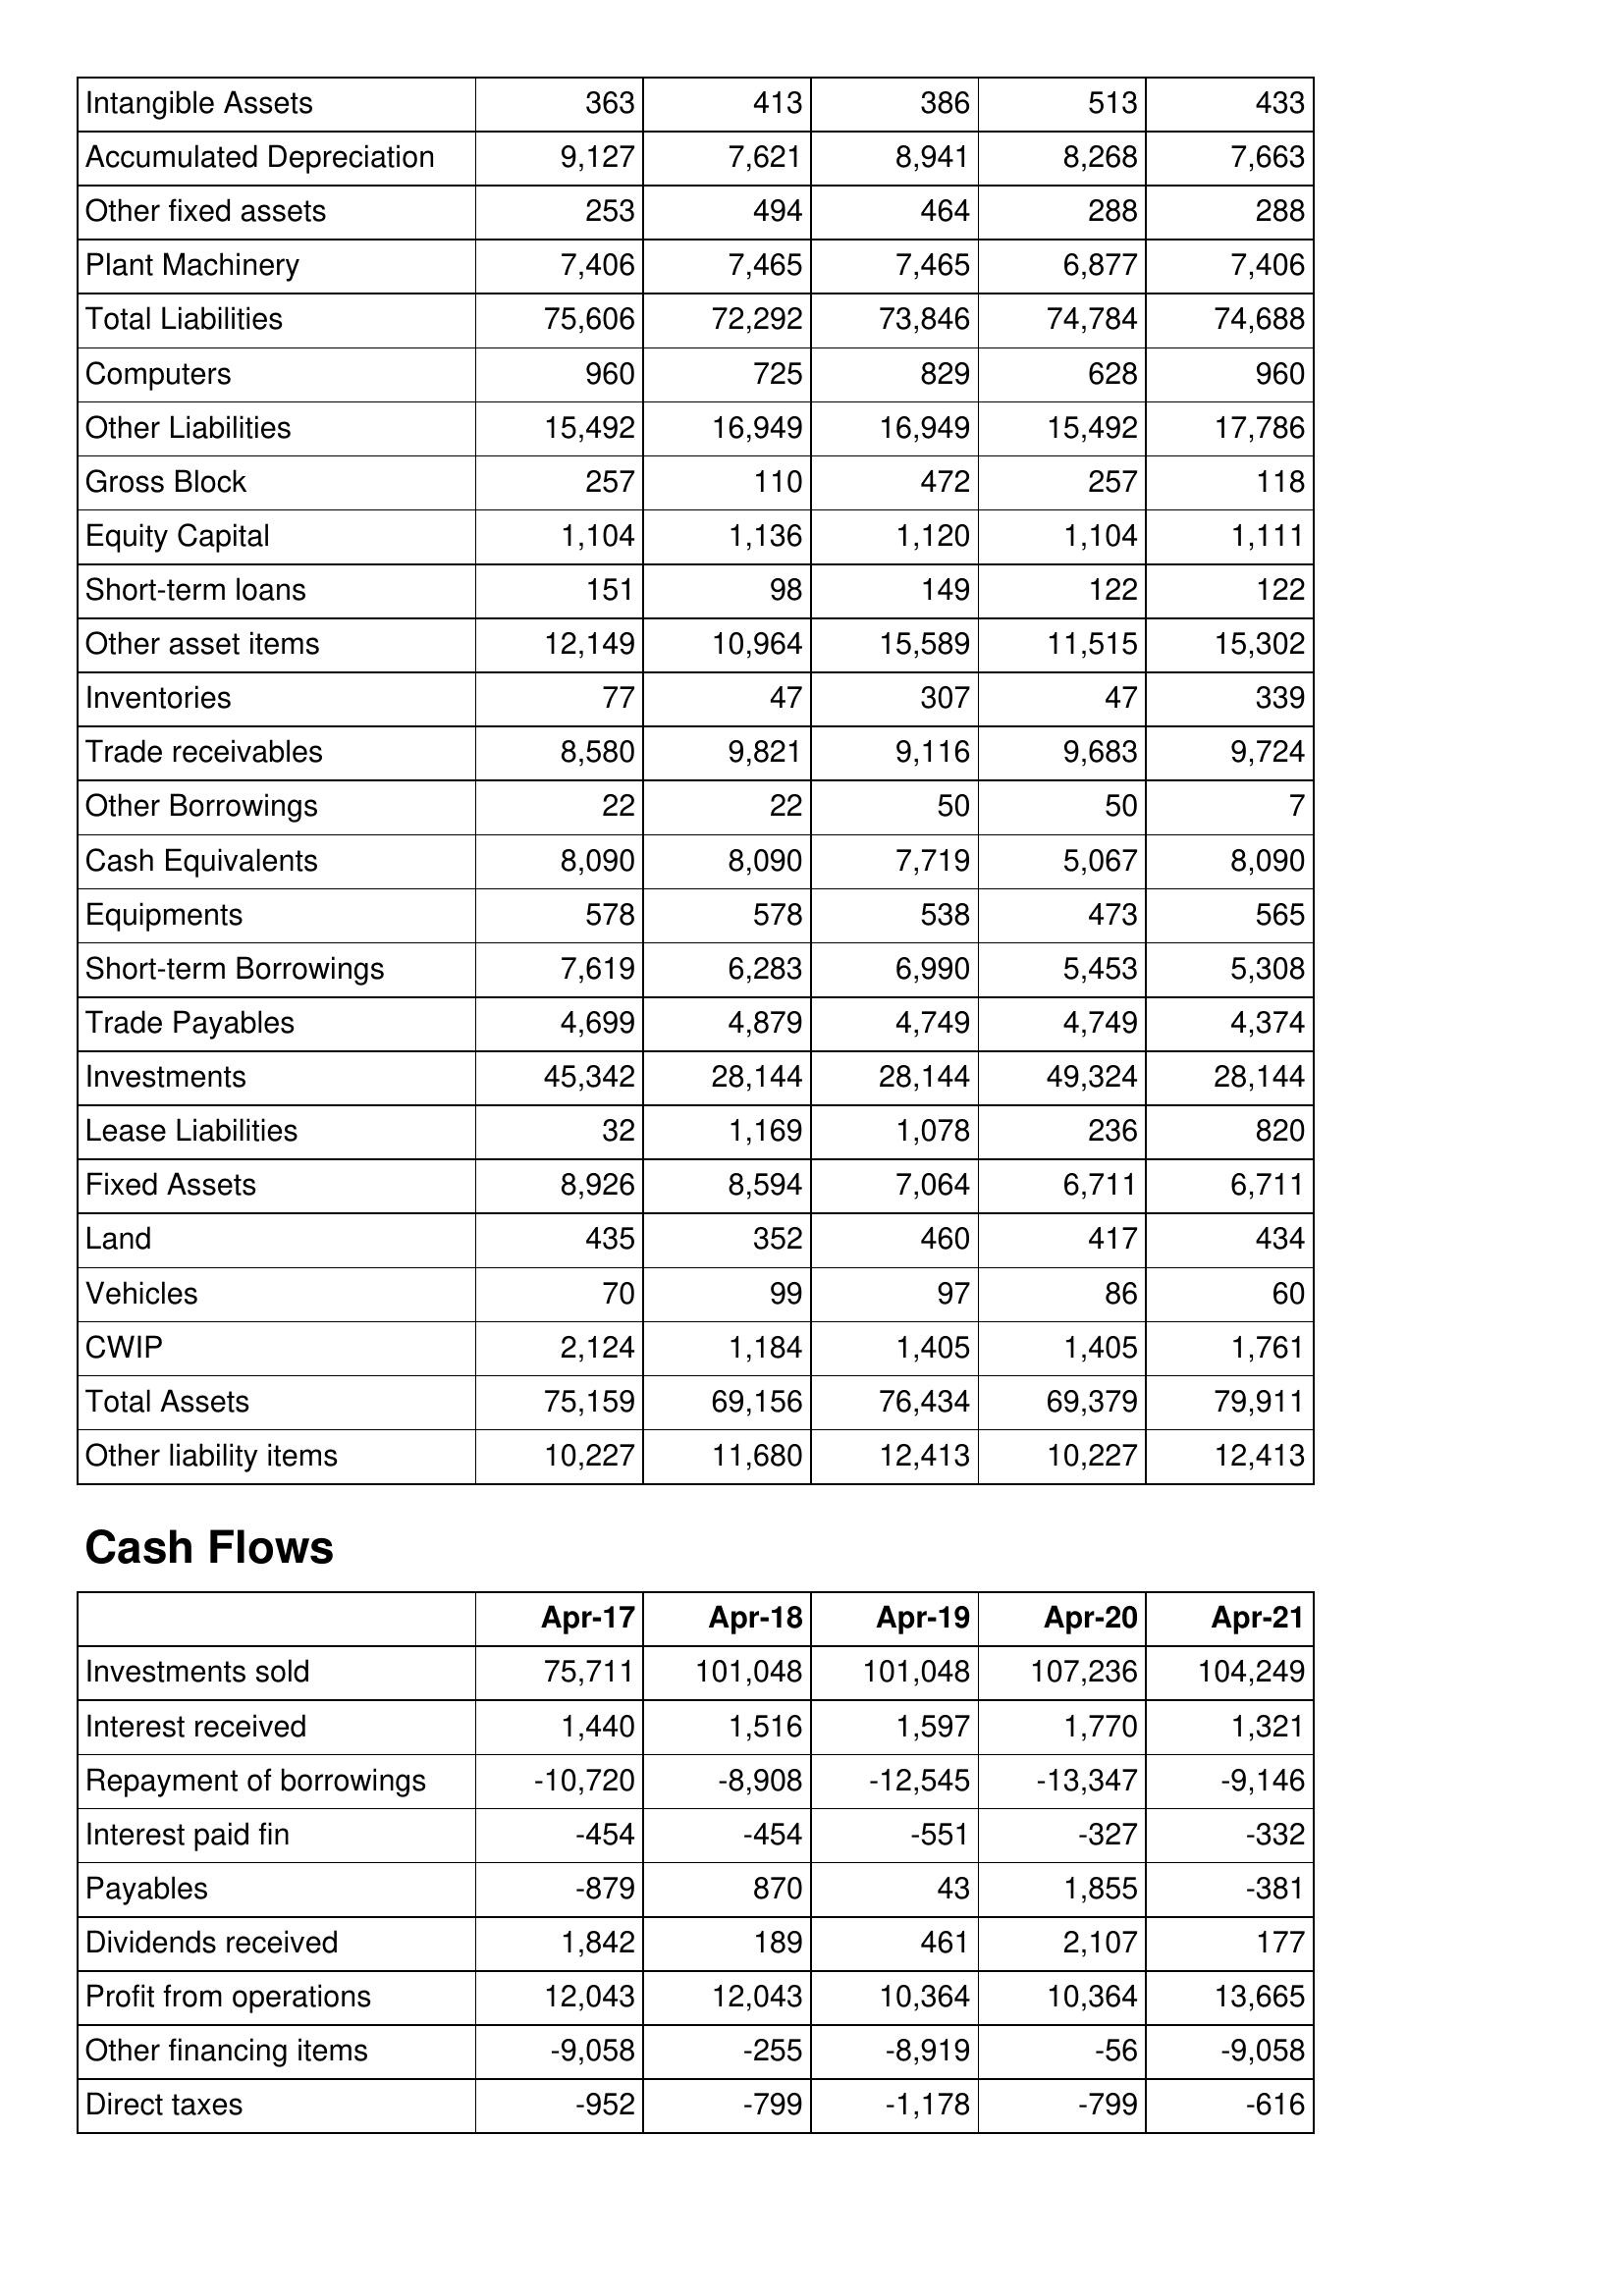
Apr-17: Balance Sheet: Intangible Assets: 363
Accumulated Depreciation: 9,127
Other fixed assets: 253
Plant Machinery: 7,406
Total Liabilities: 75,606
Computers: 960
Other Liabilities: 15,492
Gross Block: 257
Equity Capital: 1,104
Short-term loans: 151
Other asset items: 12,149
Inventories: 77
Trade receivables: 8,580
Other Borrowings: 22
Cash Equivalents: 8,090
Equipments: 578
Short-term Borrowings: 7,619
Trade Payables: 4,699
Investments: 45,342
Lease Liabilities: 32
Fixed Assets: 8,926
Land: 435
Vehicles: 70
CWIP: 2,124
Total Assets: 75,159
Other liability items: 10,227
Cash Flows: Investments sold: 75,711
Interest received: 1,440
Repayment of borrowings: -10,720
Interest paid fin: -454
Payables: -879
Dividends received: 1,842
Profit from operations: 12,043
Other financing items: -9,058
Direct taxes: -952
Apr-18: Balance Sheet: Intangible Assets: 413
Accumulated Depreciation: 7,621
Other fixed assets: 494
Plant Machinery: 7,465
Total Liabilities: 72,292
Computers: 725
Other Liabilities: 16,949
Gross Block: 110
Equity Capital: 1,136
Short-term loans: 98
Other asset items: 10,964
Inventories: 47
Trade receivables: 9,821
Other Borrowings: 22
Cash Equivalents: 8,090
Equipments: 578
Short-term Borrowings: 6,283
Trade Payables: 4,879
Investments: 28,144
Lease Liabilities: 1,169
Fixed Assets: 8,594
Land: 352
Vehicles: 99
CWIP: 1,184
Total Assets: 69,156
Other liability items: 11,680
Cash Flows: Investments sold: 101,048
Interest received: 1,516
Repayment of borrowings: -8,908
Interest paid fin: -454
Payables: 870
Dividends received: 189
Profit from operations: 12,043
Other financing items: -255
Direct taxes: -799
Apr-19: Balance Sheet: Intangible Assets: 386
Accumulated Depreciation: 8,941
Other fixed assets: 464
Plant Machinery: 7,465
Total Liabilities: 73,846
Computers: 829
Other Liabilities: 16,949
Gross Block: 472
Equity Capital: 1,120
Short-term loans: 149
Other asset items: 15,589
Inventories: 307
Trade receivables: 9,116
Other Borrowings: 50
Cash Equivalents: 7,719
Equipments: 538
Short-term Borrowings: 6,990
Trade Payables: 4,749
Investments: 28,144
Lease Liabilities: 1,078
Fixed Assets: 7,064
Land: 460
Vehicles: 97
CWIP: 1,405
Total Assets: 76,434
Other liability items: 12,413
Cash Flows: Investments sold: 101,048
Interest received: 1,597
Repayment of borrowings: -12,545
Interest paid fin: -551
Payables: 43
Dividends received: 461
Profit from operations: 10,364
Other financing items: -8,919
Direct taxes: -1,178
Apr-20: Balance Sheet: Intangible Assets: 513
Accumulated Depreciation: 8,268
Other fixed assets: 288
Plant Machinery: 6,877
Total Liabilities: 74,784
Computers: 628
Other Liabilities: 15,492
Gross Block: 257
Equity Capital: 1,104
Short-term loans: 122
Other asset items: 11,515
Inventories: 47
Trade receivables: 9,683
Other Borrowings: 50
Cash Equivalents: 5,067
Equipments: 473
Short-term Borrowings: 5,453
Trade Payables: 4,749
Investments: 49,324
Lease Liabilities: 236
Fixed Assets: 6,711
Land: 417
Vehicles: 86
CWIP: 1,405
Total Assets: 69,379
Other liability items: 10,227
Cash Flows: Investments sold: 107,236
Interest received: 1,770
Repayment of borrowings: -13,347
Interest paid fin: -327
Payables: 1,855
Dividends received: 2,107
Profit from operations: 10,364
Other financing items: -56
Direct taxes: -799
Apr-21: Balance Sheet: Intangible Assets: 433
Accumulated Depreciation: 7,663
Other fixed assets: 288
Plant Machinery: 7,406
Total Liabilities: 74,688
Computers: 960
Other Liabilities: 17,786
Gross Block: 118
Equity Capital: 1,111
Short-term loans: 122
Other asset items: 15,302
Inventories: 339
Trade receivables: 9,724
Other Borrowings: 7
Cash Equivalents: 8,090
Equipments: 565
Short-term Borrowings: 5,308
Trade Payables: 4,374
Investments: 28,144
Lease Liabilities: 820
Fixed Assets: 6,711
Land: 434
Vehicles: 60
CWIP: 1,761
Total Assets: 79,911
Other liability items: 12,413
Cash Flows: Investments sold: 104,249
Interest received: 1,321
Repayment of borrowings: -9,146
Interest paid fin: -332
Payables: -381
Dividends received: 177
Profit from operations: 13,665
Other financing items: -9,058
Direct taxes: -616